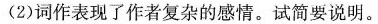
(2)词作表现了作者复杂的感情。试简要说明。